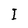
Character: I